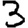
Digit: 3